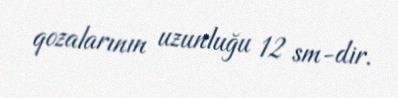
qozalarının uzunluğu 12 sm-dir.